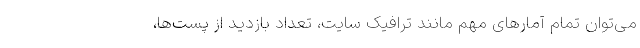
می‌توان تمام آمار‌های مهم مانند ترافیک سایت، تعداد بازدید از پست‌ها،